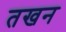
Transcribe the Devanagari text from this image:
तखन